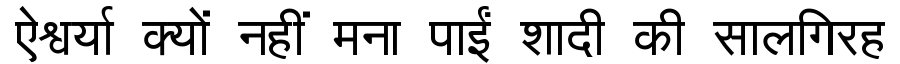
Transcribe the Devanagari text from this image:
ऐश्वर्या क्यों नहीं मना पाईं शादी की सालगिरह